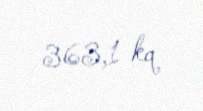
363,1 kq